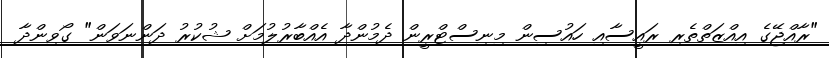
"ރާއްޖޭގެ އިއްޒަތްތެރި ރައީސާއި ހައުސިން މިނިސްޓްރީން ދެމުންދާ އެއްބާރުލުމަށް ޝުކުރު ދަންނަވަން" ގޯވިންދާ